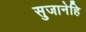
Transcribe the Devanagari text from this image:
सुजानेहि